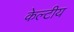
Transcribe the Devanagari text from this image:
केल्टीय